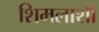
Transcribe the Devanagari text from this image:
शिमलाशी